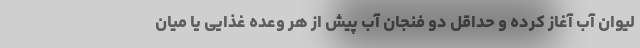
لیوان آب آغاز کرده و حداقل دو فنجان آب پیش از هر وعده غذایی یا میان